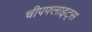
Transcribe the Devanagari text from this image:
चीपफ्लाइट्स